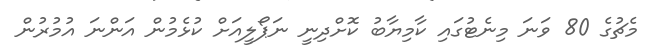
މެޗުގެ 80 ވަނަ މިނެޓުގައި ކާމިޔާބު ކޮށްދިނީ ނަޕޯލީއަށް ކުޅެމުން އަންނަ އުމުރުން